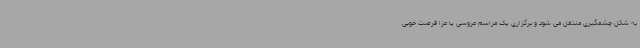
به شکل چشمگیری منتقل می شود و برگزاری یک مراسم عروسی یا عزا فرصت خوبی